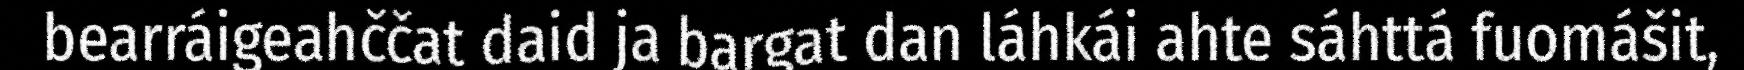
bearráigeahččat daid ja bargat dan láhkái ahte sáhttá fuomášit,